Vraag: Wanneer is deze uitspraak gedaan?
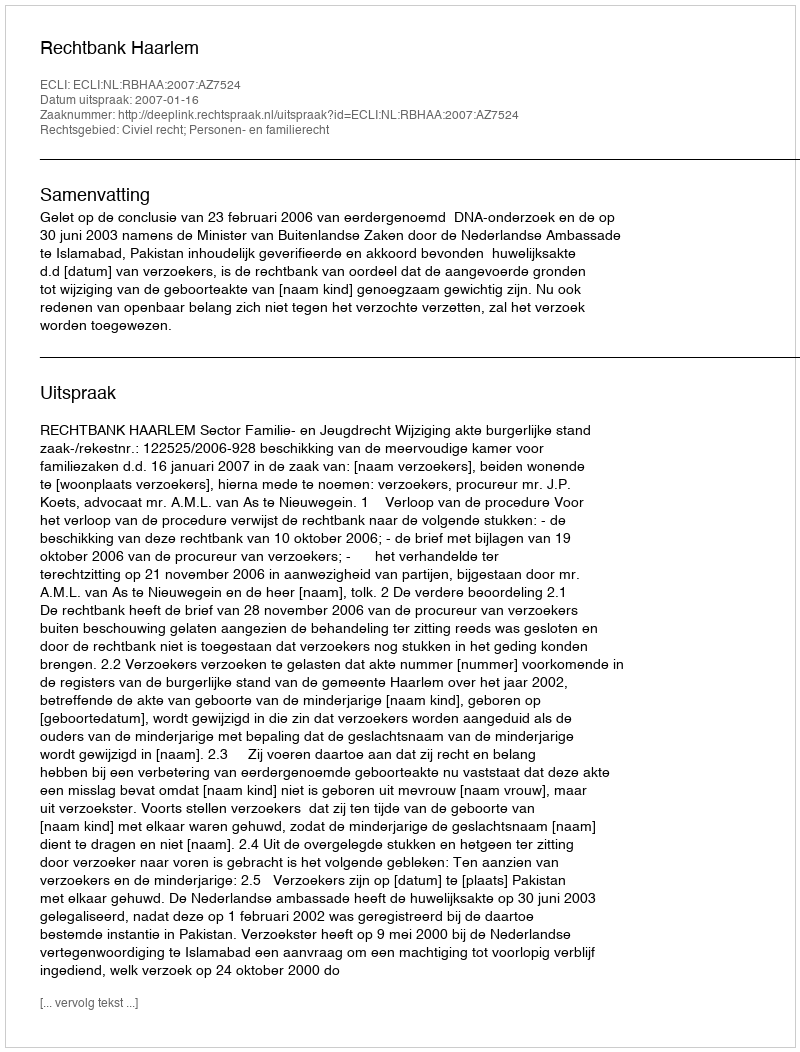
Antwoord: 2007-01-16